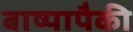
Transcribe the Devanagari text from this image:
बाष्पापैकी